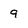
Character: 9